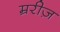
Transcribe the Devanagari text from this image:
म्ररीज़